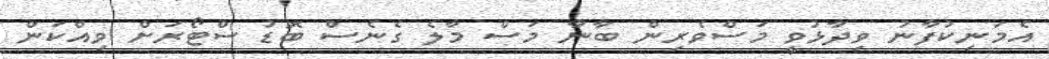
އެމަނިކުފާނު ވިދާޅުވީ މަސްވެރިން ބާނާ މަސް މާލެ ގެނެސް ބޮޑު ސްޓޯރަށް ވިއްކަން